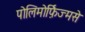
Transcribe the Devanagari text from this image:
पोलिमोर्फ़िज्मसे